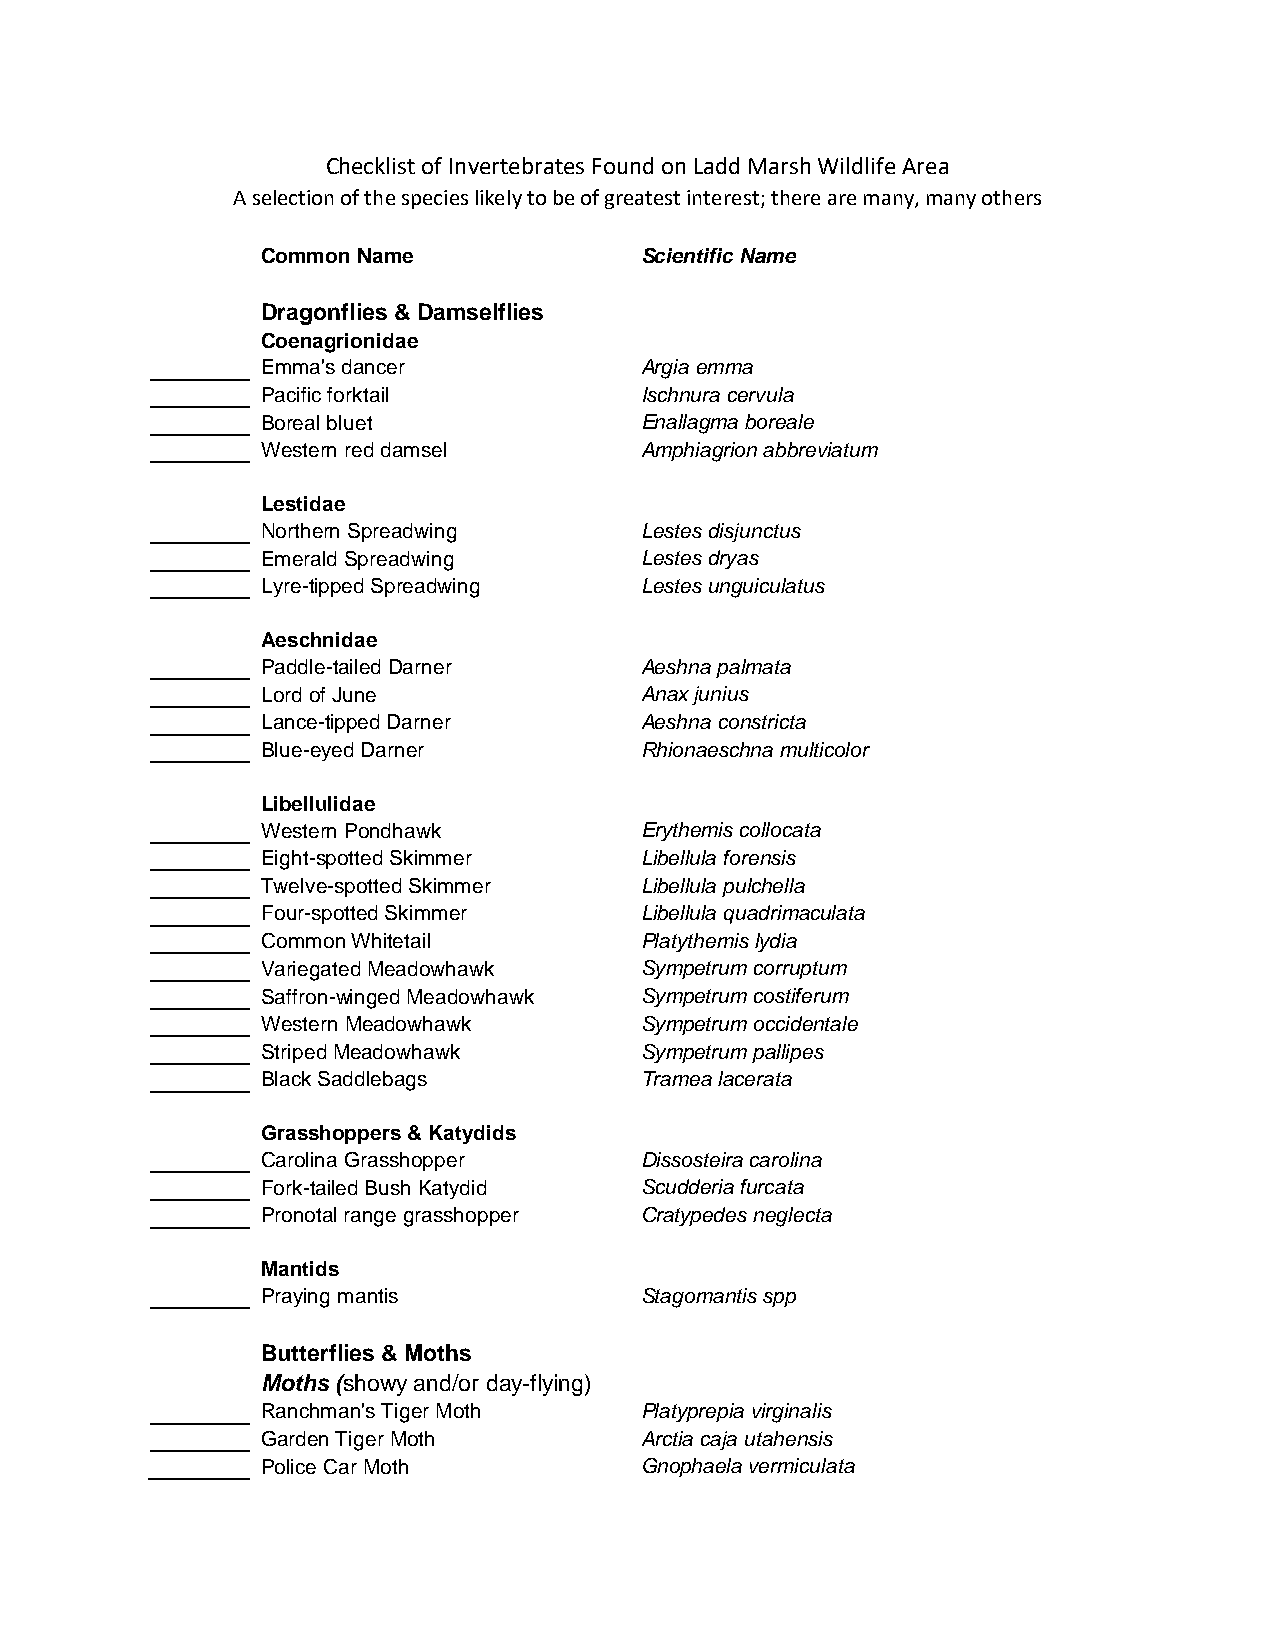
Checklist of Invertebrates Found on Ladd Marsh Wildlife Area
 A selection of the species likely to be of greatest interest; there are many, many others
 Common Name              Scientific Name
 Dragonflies & Damselflies
 Coenagrionidae
 Emma's dancer            Argia emma
 Pacific forktail         Ischnura cervula
 Boreal bluet             Enallagma boreale
 Western red damsel       Amphiagrion abbreviatum
 Lestidae
 Northern Spreadwing      Lestes disjunctus
 Emerald Spreadwing       Lestes dryas
 Lyre-tipped Spreadwing   Lestes unguiculatus
 Aeschnidae
 Paddle-tailed Darner     Aeshna palmata
 Lord of June             Anax junius
 Lance-tipped Darner      Aeshna constricta
 Blue-eyed Darner         Rhionaeschna multicolor
 Libellulidae
 Western Pondhawk         Erythemis collocata
 Eight-spotted Skimmer    Libellula forensis
 Twelve-spotted Skimmer   Libellula pulchella
 Four-spotted Skimmer     Libellula quadrimaculata
 Common Whitetail         Platythemis lydia
 Variegated Meadowhawk    Sympetrum corruptum
 Saffron-winged Meadowhawk Sympetrum costiferum
 Western Meadowhawk       Sympetrum occidentale
 Striped Meadowhawk       Sympetrum pallipes
 Black Saddlebags         Tramea lacerata
 Grasshoppers & Katydids
 Carolina Grasshopper     Dissosteira carolina
 Fork-tailed Bush Katydid Scudderia furcata
 Pronotal range grasshopper Cratypedes neglecta
 Mantids
 Praying mantis           Stagomantis spp
 Butterflies & Moths
 Moths (showy and/or day-flying)
 Ranchman's Tiger Moth    Platyprepia virginalis
 Garden Tiger Moth        Arctia caja utahensis
 Police Car Moth          Gnophaela vermiculata